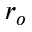
r _ { o }